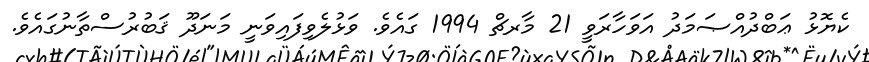
ކެޔޮޅު ޢަބްދުއްޞަމަދު އަވަހާރަވީ 21 މާރޗް 1994 ގައެވެ. ވަޅުލެވިފައިވަނީ މަނަދޫ ޤަބުރުސްތާނުގައެވެ.